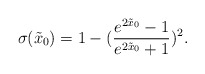
\begin{align*}\sigma(\tilde{x}_0)=1-(\frac{e^{2\tilde{x}_0}-1}{e^{2\tilde{x}_0}+1})^2.\end{align*}